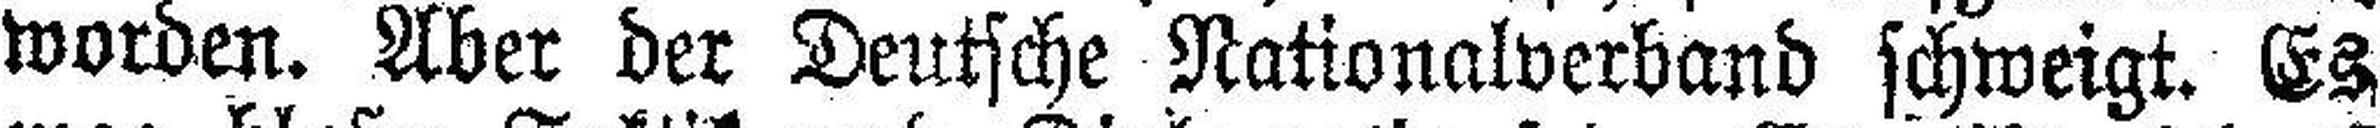
worden. Aber der Deutsche Nationalverband schweigt. Es